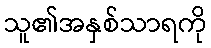
သူ၏အနှစ်သာရကို